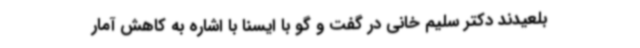
بلعیدند دکتر سلیم خانی در گفت و گو با ایسنا با اشاره به کاهش آمار